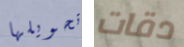
تحويلها دقات